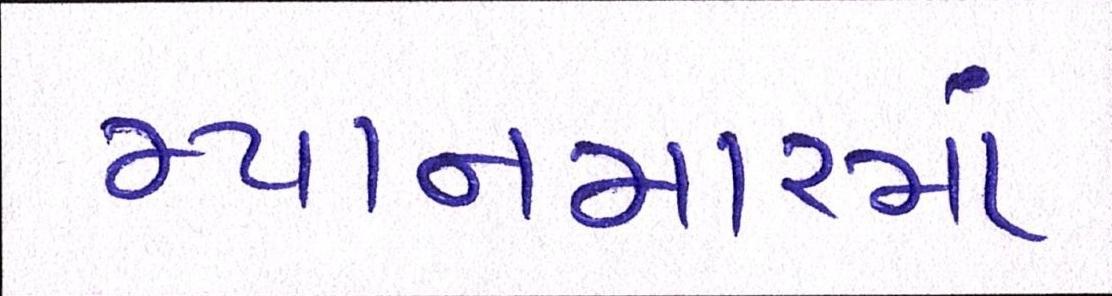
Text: મ્યાનમારમાં